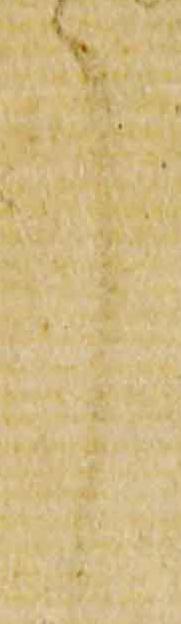
了